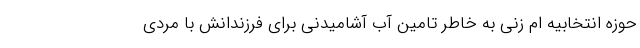
حوزه انتخابیه ام زنی به خاطر تامین آب آشامیدنی برای فرزندانش با مردی